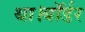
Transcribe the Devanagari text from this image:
था।बॉर्डर